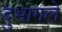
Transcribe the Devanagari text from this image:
दुभागले